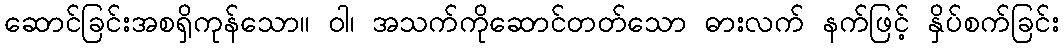
ဆောင်ခြင်းအစရှိကုန်သော။ ဝါ၊ အသက်ကိုဆောင်တတ်သော ဓားလက် နက်ဖြင့် နှိပ်စက်ခြင်း